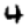
Digit: 4